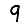
Digit: 9